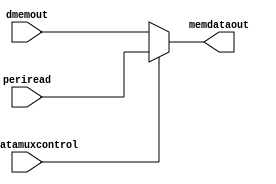
`timescale 1ns / 1ps
//////////////////////////////////////////////////////////////////////////////////
// Company: 
// Engineer: 
// 
// Design Name: 
// Module Name:    memdatamux 
// Project Name: 
// Target Devices: 
// Tool versions: 
// Description: 
//
// Dependencies: 
//
// Revision: 
// Revision 0.01 - File Created
// Additional Comments: 
//
//////////////////////////////////////////////////////////////////////////////////
module memdatamux( memdatamuxcontrol,periread,dmemout,memdataout
    );
input wire memdatamuxcontrol;
input wire [31:0] periread;
input wire [31:0] dmemout;
output reg [31:0] memdataout;

always@(*)begin
if (memdatamuxcontrol)
memdataout<=periread;
else
memdataout<=dmemout;
end

endmodule